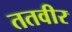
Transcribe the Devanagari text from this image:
ततवीर